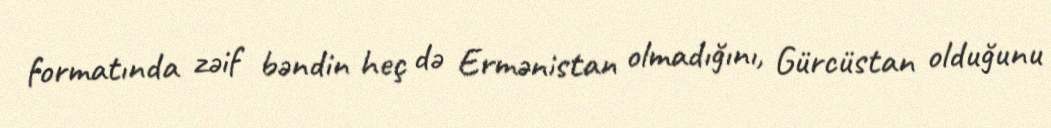
formatında zəif bəndin heç də Ermənistan olmadığını, Gürcüstan olduğunu